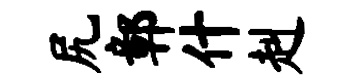
尻鄣什赳